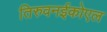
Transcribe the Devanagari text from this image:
तिरुवनईकोएल